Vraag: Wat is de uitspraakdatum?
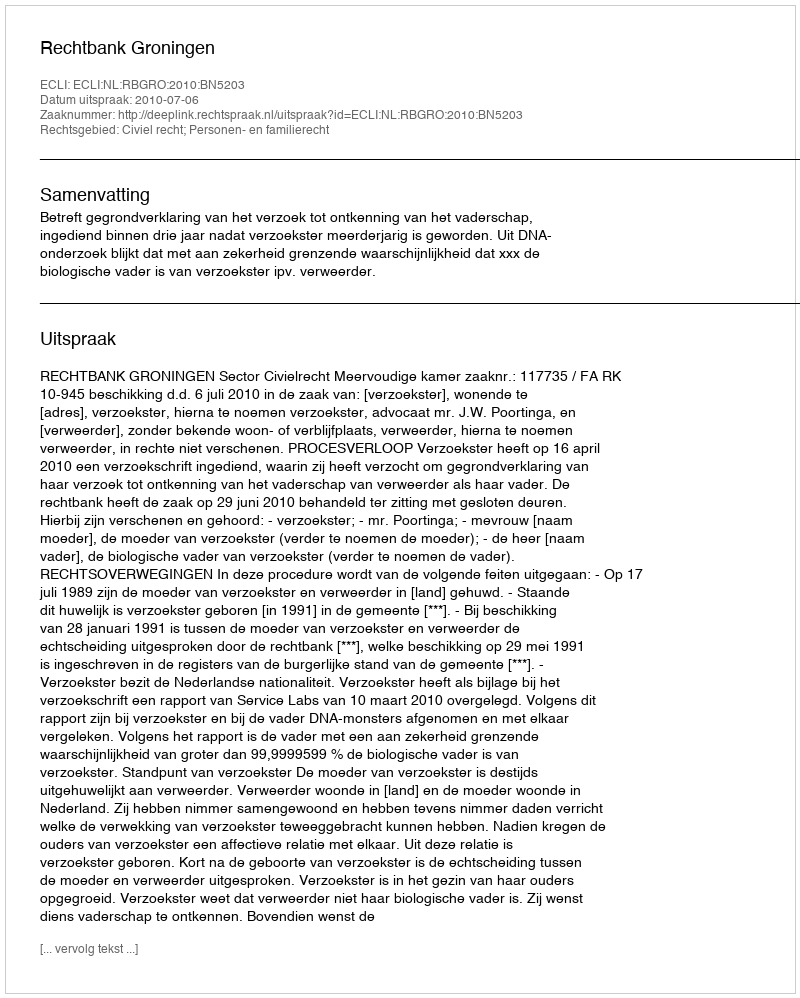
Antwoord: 2010-07-06